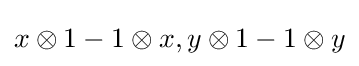
x\otimes 1-1\otimes x,y\otimes 1-1\otimes y